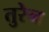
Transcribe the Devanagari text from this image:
तुरेन